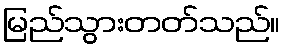
မြည်သွားတတ်သည်။